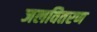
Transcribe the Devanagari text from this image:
जलवितरण